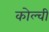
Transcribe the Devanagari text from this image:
कोल्ची